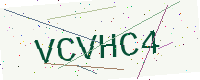
Text: VCVHC4